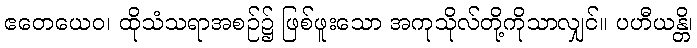
ဧတေယေဝ၊ ထိုသံသရာအစဉ်၌ ဖြစ်ဖူးသော အကုသိုလ်တို့ကိုသာလျှင်။ ပဟီယန္တိ၊